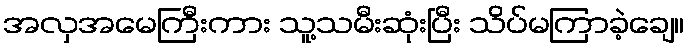
အလှအမေကြီးကား သူ့သမီးဆုံးပြီး သိပ်မကြာခဲ့ချေ။